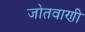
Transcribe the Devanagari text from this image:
जोतवाणी